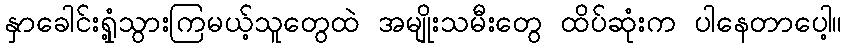
နှာခေါင်းရှုံ့သွားကြမယ့်သူတွေထဲ အမျိုးသမီးတွေ ထိပ်ဆုံးက ပါနေတာပေါ့။